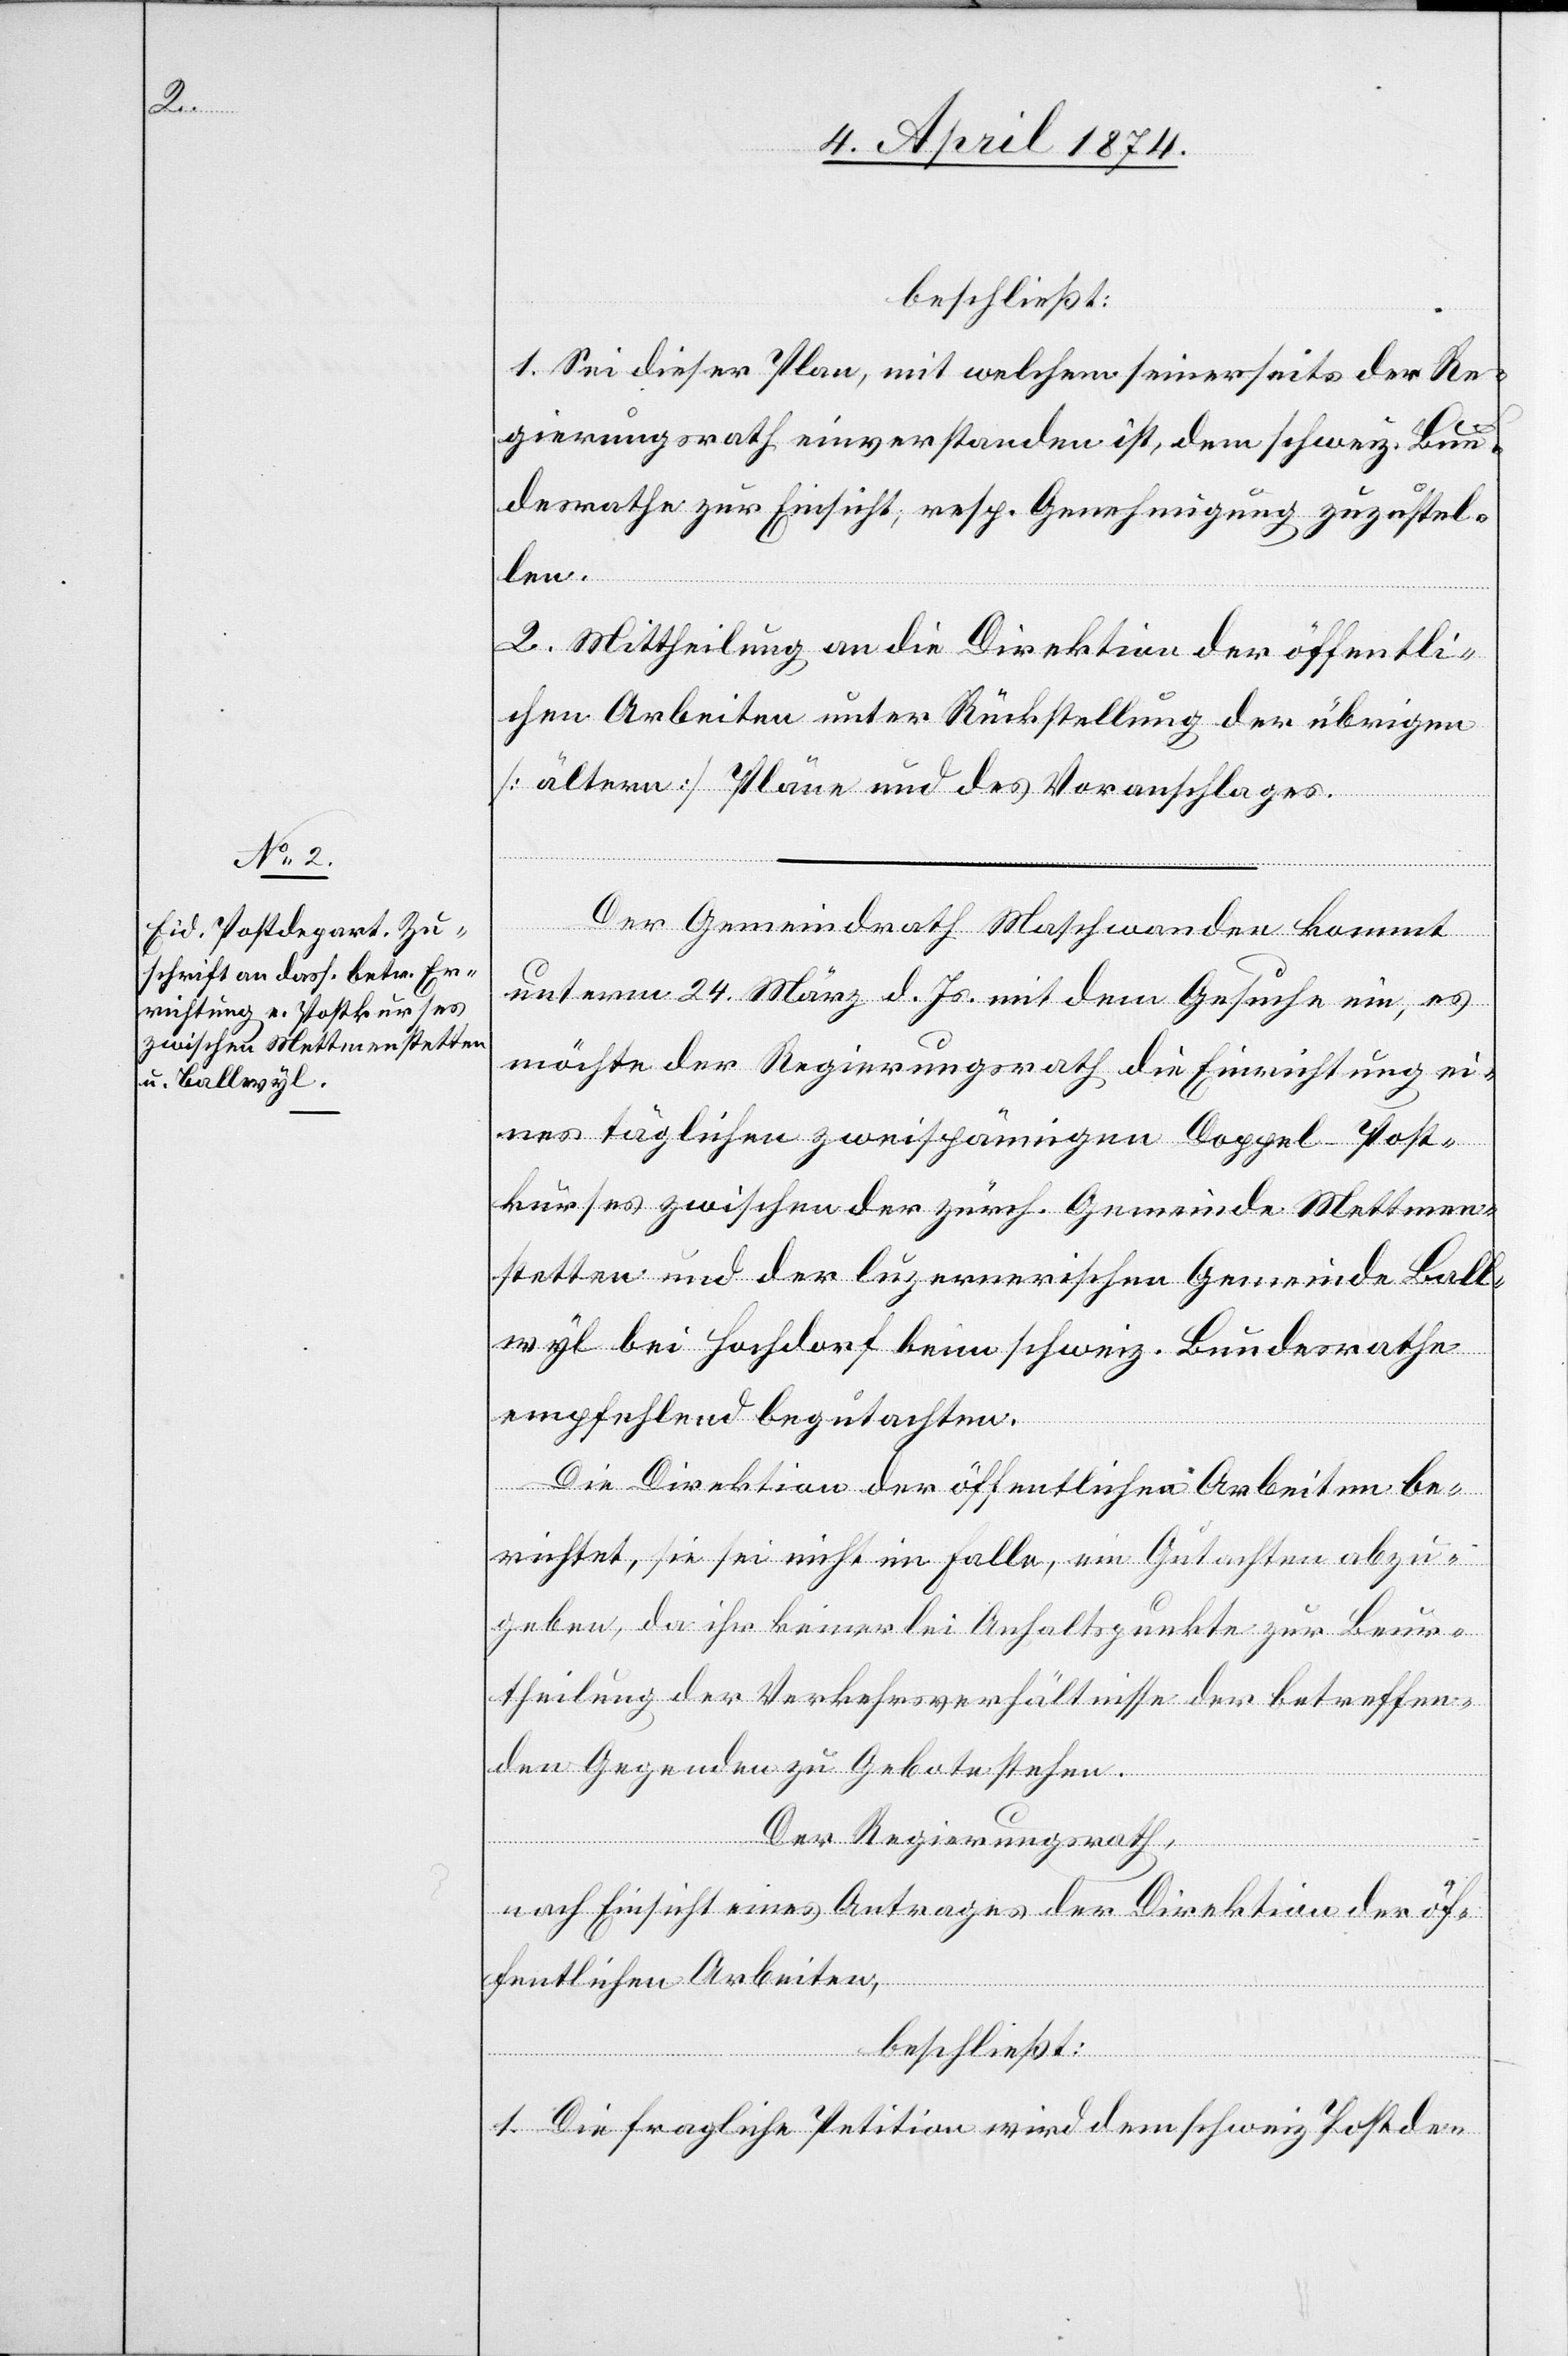
beschließt:
1. Sei dieser Plan, mit welchem seinerseits der Re¬
gierungsrath einverstanden ist, dem schweiz. Bun¬
desrathe zur Einsicht, resp. Genehmigung zuzustel¬
len.
2. Mittheilung an die Direktion der öffentli¬
chen Arbeiten unter Rückstellung der übrigen
[ältern] Pläne und des Voranschlages.
Der Gemeindrath Maschwanden kommt
unterm 24. März d. Js. mit dem Gesuche ein, es
möchte der Regierungsrath die Einrichtung ei¬
nes täglichen zweispännigen Doppel-Post¬
kurses zwischen der zürch. Gemeinde Mettmen¬
stetten und der luzernischen Gemeinde Ball¬
wyl bei Hochdorf beim schweiz. Bundesrathe
empfehlend begutachten.
Die Direktion der öffentlichen Arbeiten be¬
richtet, sie sei nicht im Falle, ein Gutachten abzu¬
geben, da ihr keinerlei Anhaltspunkte zur Beur¬
theilung der Verkehrsverhältnisse der betreffen¬
den Gegenden zu Gebote stehen.
Der Regierungsrath,
nach Einsicht eines Antrages der Direktion der öf¬
fentlichen Arbeiten,
beschließt:
1. Die fragliche Petition wird dem schweiz. Postde-